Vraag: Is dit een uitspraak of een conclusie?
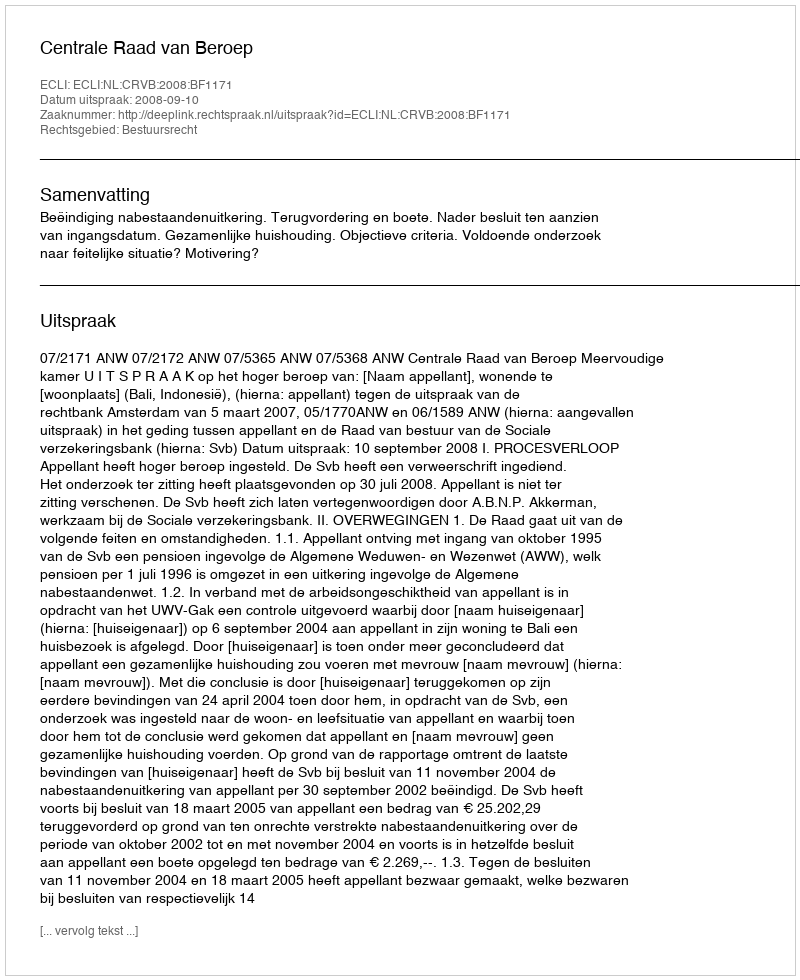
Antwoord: Uitspraak